Civil Veterinary Department Bihar & Orissa reports 1911-21 - 1911-1921
Year: 1911
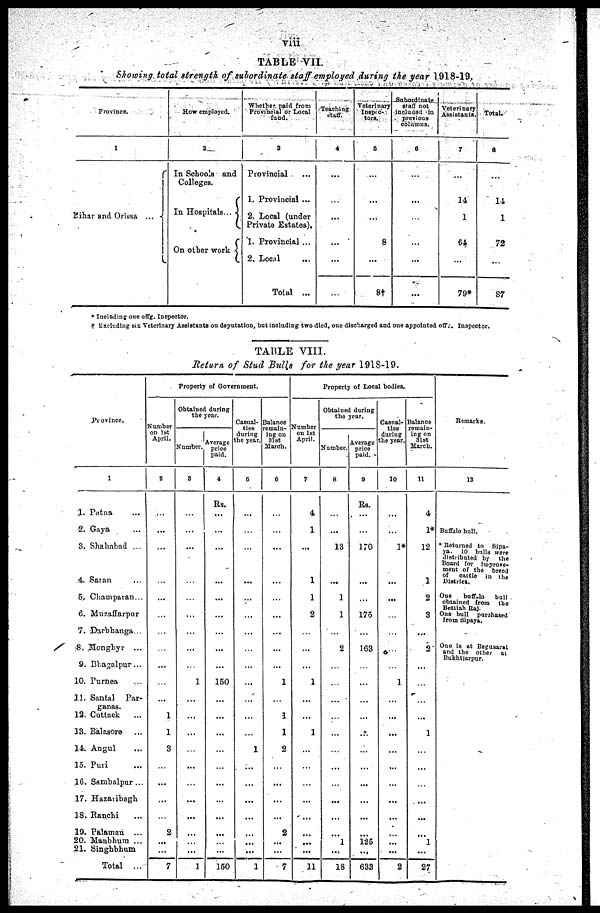
viii
TABLE VII.
Showing total strength of subordinate staff employed during the year 1918-19.
Province.
1
Lihar and Orissa ...
How employed.
2
In Schools and
Colleges.
In Hospitals...
On other work
Whether paid from
Provincial or Local
fund.
3
Provincial …
1. Provincial ...
2. Local (under
Private Estates).
1. Provincial ...
2. Local …
Total ...
Teaching
staff.
4
…
…
…
…
...
…
Veterinary
Inspic-
tors.
5
…
...
…
8
...
8†
Suhordinate
staff not
included in
previous
columns.
6
…
…
…
…
...
…
Veterinary
Assistants.
7
…
14
1
64
...
79*
Total.
8
…
14
1
72
...
87
* Inciuding one offg. Inspector.
† Exeluding six Veterinary Assistants on deputation, but including two died, one discharged and one appointed off.. Inspector.
TABLE VIII.
Return, of Stud Bulls for the year 1918-19.
Province.
1
1. Patna …
2. Gaya …
3. Shahabad ...
4. Saian …
5. Champaran ...
6. Muzaffarpur
7. Darbhanga ...
8. Monghyr
...
9. Bhagalpur ...
10. Purnea …
11. Santal
Par-
ganas.
12. Cuttack …
13. Balasore
...
14. Angul …
15. Puri …
16. Sambalpur ...
17. Hazaribagh …
18. Ranchi …
19. Palamau
...
20. Manbhum ...
21. Singhbhum …
Total
...
Property of Government.
Number
on 1st
April.
2
...
...
…
…
...
…
…
…
...
…
1
1
3
...
...
...
…
2
...
...
7
Obtained during
the year.
Number.
3
…
...
…
…
…
…
...
...
…
1
…
...
...
…
...
...
...
...
…
...
1
Average
price
paid.
4
Rs.
...
...
…
...
...
…
…
...
...
150
…
...
...
…
...
...
...
...
…
...
150
Casual-
ties
during
the year.
5
...
…
…
...
…
…
…
…
...
...
…
…
…
1
...
...
...
...
…
...
1
Balance
remain-
ing on
31st
March.
6
…
…
…
...
…
...
...
...
...
1
…
1
1
2
…
...
...
...
2
…
...
7
Property of Local bodies.
Number
on 1st
April.
7
4
1
…
1
1
2
…
...
...
1
…
...
1
...
...
…
...
...
…
…
...
11
Obtained during
the year.
Number.
8
…
...
13
...
1
1
…
2
…
…
…
…
...
…
...
…
...
...
…
1
...
18
Average
price
paid.
9
Rs.
...
…
170
...
…
175
…
163
…
...
…
...
...
…
...
...
...
...
…
125
...
633
Casual-
ties
during
the year.
10
...
...
1*
...
...
…
…
…
…
1
…
...
...
...
...
...
...
...
…
...
2
Balance
remain-
ing on
31st
March.
11
4
1*
12
1
2
3
...
2
...
…
…
...
1
…
...
…
...
...
…
l
...
27
Remarks.
12
Buffalo bull.
* Returned to Sipa-
ya. 10 bnlls were
distributed by the
Board for Improve-
ment of the breed
of
cattle in the
District.
One
buff lo bull
obtained from the
Bettiah Raj-
One bull purehased
from Sipaya.
One is at Begusarai
and the other at
Bukhtiarpur.